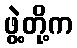
ဖွဲ့တို့က